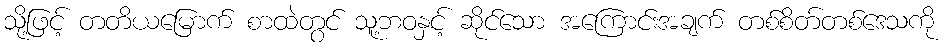
သို့ဖြင့် တတိယမြောက် စာထဲတွင် သူ့ဘဝနှင့် ဆိုင်သော အကြောင်းအချက် တစ်စိတ်တစ်ဒေသကို